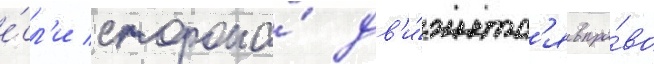
е́сл'и сторона́ дв'и́жетс'я впра́во